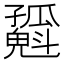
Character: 𡦶